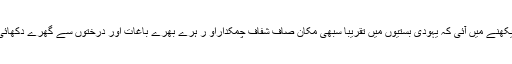
ایک خاص بات دیکھنے میں آئی کہ یہودی بستیوں میں تقریباً سبھی مکان صاف شفاف چمکداراو ر ہرے بھرے باغات اور درختوں سے گھرے دکھائی دے رہے تھے ۔